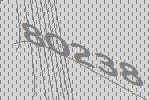
80238